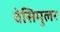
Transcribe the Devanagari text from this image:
वेसिमुलर